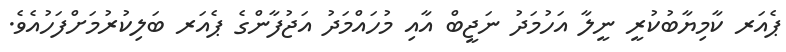
ޕެއަރ ކާމިޔާބުކުރީ ނީލާ އަހުމަދު ނަޖީބް އާއި މުހައްމަދު އަޖުފާންގެ ޕެއަރ ބަލިކުރުމަށްފަހުއެވެ.